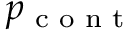
p _ { \textrm { c o n t } }